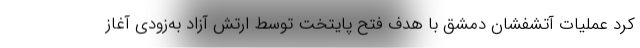
کرد عملیات آتشفشان دمشق با هدف فتح پایتخت توسط ارتش آزاد به‌زودی آغاز